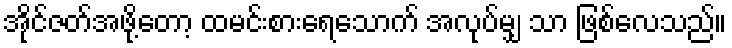
အိုင်ဇတ်အဖို့တော့ ထမင်းစားရေသောက် အလုပ်မျှ သာ ဖြစ်လေသည်။